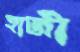
হাজী